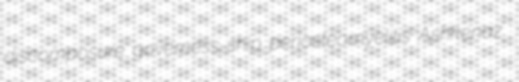
discomposure governess-ship periosteomyelitis Ashkenaz